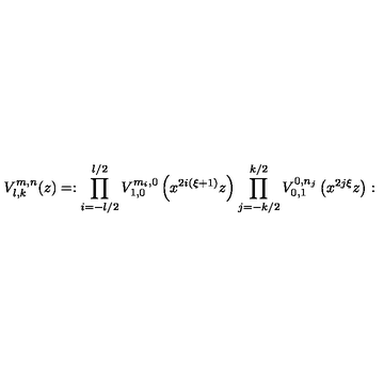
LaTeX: V _ { l , k } ^ { m , n } ( z ) = : \prod _ { i = - l / 2 } ^ { l / 2 } V _ { 1 , 0 } ^ { m _ { i } , 0 } \left( x ^ { 2 i ( \xi + 1 ) } z \right) \prod _ { j = - k / 2 } ^ { k / 2 } V _ { 0 , 1 } ^ { 0 , n _ { j } } \left( x ^ { 2 j \xi } z \right) :